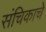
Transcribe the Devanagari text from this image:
संचिकाचे